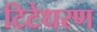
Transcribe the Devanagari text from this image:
टिटेधरण